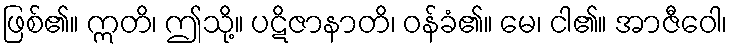
ဖြစ်၏။ ဣတိ၊ ဤသို့။ ပဋိဇာနာတိ၊ ဝန်ခံ၏။ မေ၊ ငါ၏။ အာဇီဝေါ၊